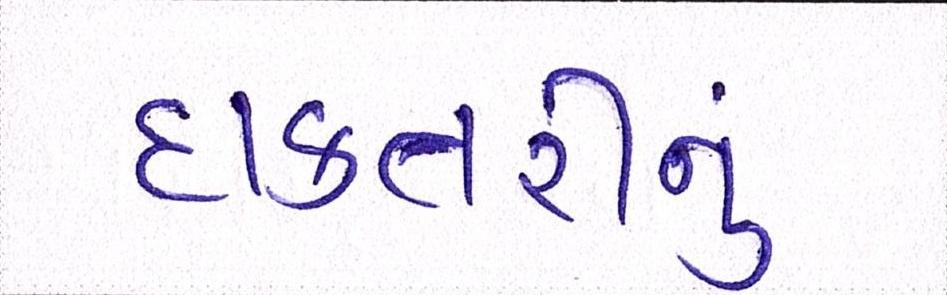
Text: દાક્તરીનું